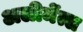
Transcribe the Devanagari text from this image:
अलीमेंत्स